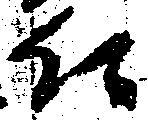
仁